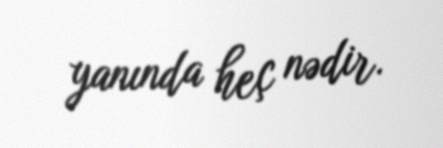
yanında heç nədir.